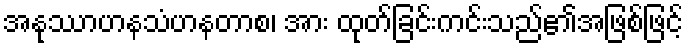
အနုဿာဟနသံဟနတာစ၊ အား ထုတ်ခြင်းကင်းသည်၏အဖြစ်ဖြင့်